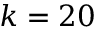
k = 2 0